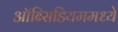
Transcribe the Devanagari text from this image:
ऑब्सिडियममध्ये